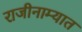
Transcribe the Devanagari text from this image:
राजीनाम्यात